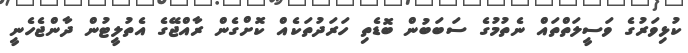
ކުޅިވަރުގެ ވަސީލަތްތައް ނެތުމުގެ ސަބަބުން ބޮޑެތި ހަރަދުތަކެއް ކޮށްގެން ރާއްޖޭގެ އެތުލީޓުން ދާންޖެހެނީ